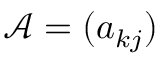
\mathcal { A } = ( a _ { k j } )